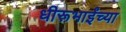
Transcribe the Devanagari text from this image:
धीरूभाईंच्या